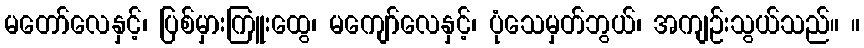
မတော်လေနှင့်၊ ပြစ်မှားကြူးထွေ၊ မကျော်လေနှင့်၊ ပုံသေမှတ်ဘွယ်၊ အကျဉ်းသွယ်သည်။ ။